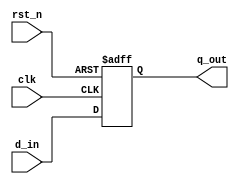
module reg_8bit(
        input   wire        clk     ,
        input   wire        rst_n   ,
        input   wire [7:0]  d_in    ,  //
        
        output  reg  [7:0]  q_out      //
    );
    
    
    //8bit
    always @ (posedge clk or negedge rst_n) begin
        if(rst_n == 1'b0) begin
            q_out <= 8'b0;
        end else begin
            q_out <= d_in;
        end
    end
    
endmodule